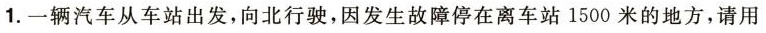
1.一辆汽车从车站出发，向北行驶，因发生故障停在离车站1500米的地方，请用